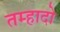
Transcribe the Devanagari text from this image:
तम्हादो